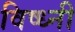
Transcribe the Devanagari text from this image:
विष्ध्नी